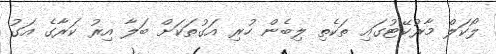
ލޯކަލް މާރުކޭޓުގައި ތަކެތި ލިބެން ހުރި އަގުތަކަށް ބަލާ އިރު ކަރާގެ އަގު